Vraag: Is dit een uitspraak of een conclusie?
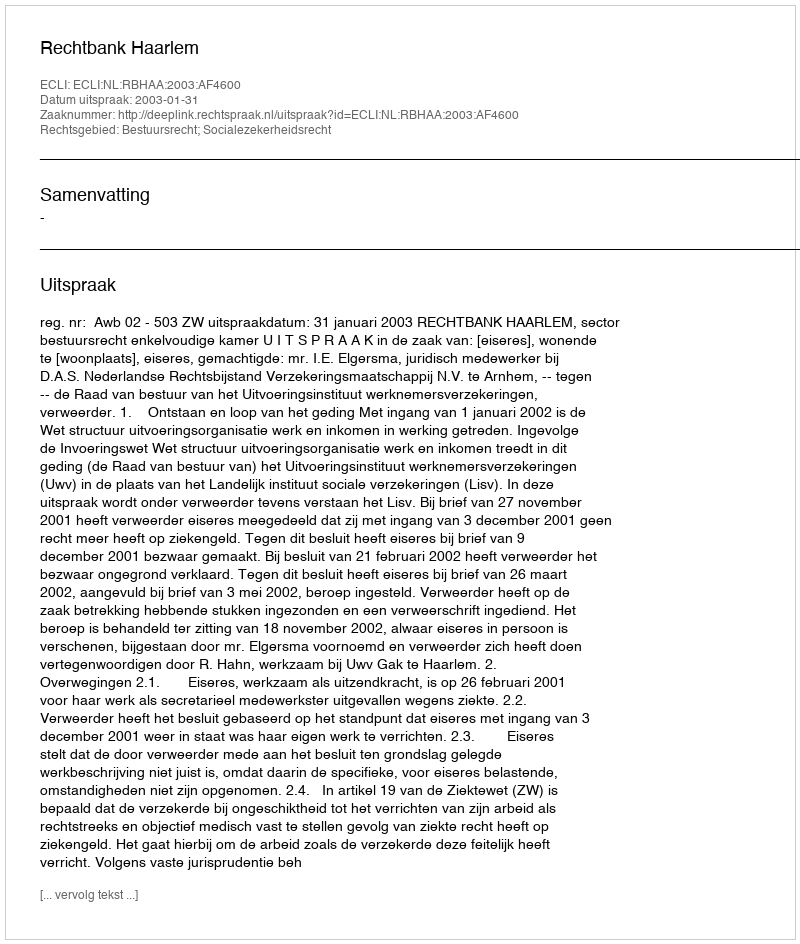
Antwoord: Uitspraak